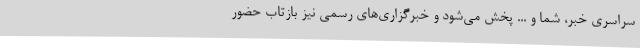
سراسری خبر، شما و ... پخش می‌شود و خبرگزاری‌های رسمی نیز بازتاب حضور